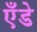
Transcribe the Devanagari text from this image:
एँडे